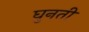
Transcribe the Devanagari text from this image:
घुनती